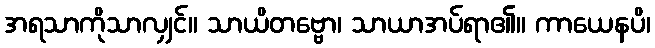
အရသာကိုသာလျှင်။ သာယိတဗ္ဗော၊ သာယာအပ်ရာ၏။ ကာယေနပိ၊